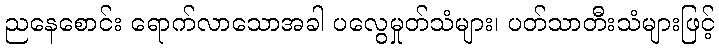
ညနေစောင်း ရောက်လာသောအခါ ပလွေမှုတ်သံများ၊ ပတ်သာတီးသံများဖြင့်